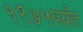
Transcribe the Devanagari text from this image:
१९७५पर्यंत